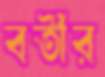
বর্তীর